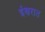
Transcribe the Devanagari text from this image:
ईश्वरात